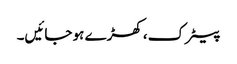
پیٹرک، کھڑے ہو جائیں۔